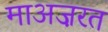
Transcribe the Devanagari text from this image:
माअज़रत